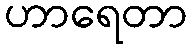
ဟာရေတာ